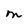
Character: M